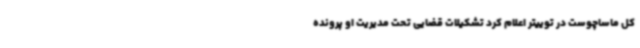
کل ماساچوست در توییتر اعلام کرد تشکیلات قضایی تحت مدیریت او پرونده